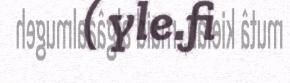
( yle.fi